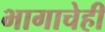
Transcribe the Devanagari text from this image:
भागाचेही